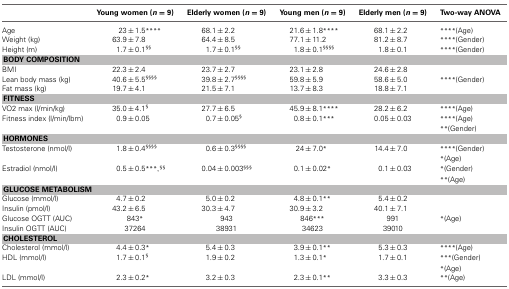
<table><thead><tr><td></td><td><b>Young women (<i>n</i> = 9)</b></td><td><b>Elderly women (<i>n</i> = 9)</b></td><td><b>Young men (<i>n</i> = 9)</b></td><td><b>Elderly men (<i>n</i> = 9)</b></td><td><b>Two-way ANOVA</b></td></tr></thead><tbody><tr><td>Age</td><td>23 ± 1.5<sup>****</sup></td><td>68.1 ± 2.2</td><td>21.6 ± 1.8<sup>****</sup></td><td>68.1 ± 2.2</td><td><sup>****</sup>(Age)</td></tr><tr><td>Weight (kg)</td><td>63.9 ± 7.8</td><td>64.4 ± 8.5</td><td>77.1 ± 11.2</td><td>81.2 ± 8.7</td><td><sup>****</sup>(Gender)</td></tr><tr><td>Height (m)</td><td>1.7 ± 0.1<sup>§§</sup></td><td>1.7 ± 0.1<sup>§§</sup></td><td>1.8 ± 0.1<sup>§§§§</sup></td><td>1.8 ± 0.1</td><td><sup>****</sup>(Gender)</td></tr><tr><td colspan="6"><b>BODY COMPOSITION</b></td></tr><tr><td>BMI</td><td>22.3 ± 2.4</td><td>23.7 ± 2.7</td><td>23.1 ± 2.8</td><td>24.6 ± 2.8</td><td></td></tr><tr><td>Lean body mass (kg)</td><td>40.6 ± 5.5<sup>§§§§</sup></td><td>39.8 ± 2.7<sup>§§§§</sup></td><td>59.8 ± 5.9</td><td>58.6 ± 5.0</td><td><sup>****</sup>(Gender)</td></tr><tr><td>Fat mass (kg)</td><td>19.7 ± 4.1</td><td>21.5 ± 7.1</td><td>13.7 ± 8.3</td><td>18.8 ± 7.1</td><td></td></tr><tr><td colspan="6"><b>FITNESS</b></td></tr><tr><td>VO2 max (l/min/kg)</td><td>35.0 ± 4.1<sup>§</sup></td><td>27.7 ± 6.5</td><td>45.9 ± 8.1<sup>****</sup></td><td>28.2 ± 6.2</td><td><sup>****</sup>(Age)</td></tr><tr><td>Fitness index (l/min/lbm)</td><td>0.9 ± 0.05</td><td>0.7 ± 0.05<sup>§</sup></td><td>0.8 ± 0.1<sup>***</sup></td><td>0.05 ± 0.03</td><td><sup>****</sup>(Age)</td></tr><tr><td></td><td></td><td></td><td></td><td></td><td><sup>**</sup>(Gender)</td></tr><tr><td colspan="6"><b>HORMONES</b></td></tr><tr><td>Testosterone (nmol/l)</td><td>1.8 ± 0.4<sup>§§§§</sup></td><td>0.6 ± 0.3<sup>§§§§</sup></td><td>24 ± 7.0<sup>*</sup></td><td>14.4 ± 7.0</td><td><sup>****</sup>(Gender)</td></tr><tr><td></td><td></td><td></td><td></td><td></td><td><sup>*</sup>(Age)</td></tr><tr><td>Estradiol (nmol/l)</td><td>0.5 ± 0.5<sup>***</sup>, <sup>§§</sup></td><td>0.04 ± 0.003<sup>§§§</sup></td><td>0.1 ± 0.02<sup>*</sup></td><td>0.1 ± 0.03</td><td><sup>*</sup>(Gender)</td></tr><tr><td></td><td></td><td></td><td></td><td></td><td><sup>**</sup>(Age)</td></tr><tr><td colspan="6"><b>GLUCOSE METABOLISM</b></td></tr><tr><td>Glucose (mmol/l)</td><td>4.7 ± 0.2</td><td>5.0 ± 0.2</td><td>4.8 ± 0.1<sup>**</sup></td><td>5.4 ± 0.2</td><td></td></tr><tr><td>Insulin (pmol/l)</td><td>43.2 ± 6.5</td><td>30.3 ± 4.7</td><td>30.9 ± 3.2</td><td>40.1 ± 7.1</td><td></td></tr><tr><td>Glucose OGTT (AUC)</td><td>843<sup>*</sup></td><td>943</td><td>846<sup>***</sup></td><td>991</td><td><sup>*</sup>(Age)</td></tr><tr><td>Insulin OGTT (AUC)</td><td>37264</td><td>38931</td><td>34623</td><td>39010</td><td></td></tr><tr><td colspan="6"><b>CHOLESTEROL</b></td></tr><tr><td>Cholesterol (mmol/l)</td><td>4.4 ± 0.3<sup>*</sup></td><td>5.4 ± 0.3</td><td>3.9 ± 0.1<sup>**</sup></td><td>5.3 ± 0.3</td><td><sup>****</sup>(Age)</td></tr><tr><td>HDL (mmol/l)</td><td>1.7 ± 0.1<sup>§</sup></td><td>1.9 ± 0.2</td><td>1.3 ± 0.1<sup>*</sup></td><td>1.7 ± 0.1</td><td><sup>***</sup>(Gender)</td></tr><tr><td></td><td></td><td></td><td></td><td></td><td><sup>*</sup>(Age)</td></tr><tr><td>LDL (mmol/l)</td><td>2.3 ± 0.2<sup>*</sup></td><td>3.2 ± 0.3</td><td>2.3 ± 0.1<sup>**</sup></td><td>3.3 ± 0.3</td><td><sup>**</sup>(Age)</td></tr></tbody></table>